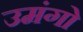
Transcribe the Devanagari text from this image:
उमंगो